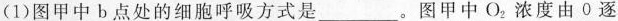
(1)图甲中b点处的细胞呼吸方式是___。图甲中O。浓度由0逐